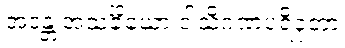
အဒန္တံ အသင်္ခိယော ဒါသိဂဏပရိဝုတာ